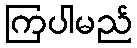
ကြပါမည်